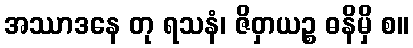
အဿာဒနေ တု ရသနံ၊ ဇိဝှာယဉ္စ ဓနိမှိ စ။